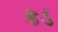
કડ